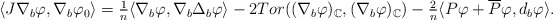
\begin{align*}\begin{array}{c}\langle J\nabla _{b}\varphi ,\nabla _{b}\varphi _{0}\rangle =\frac{1}{n}\langle \nabla _{b}\varphi ,\nabla _{b}\Delta _{b}\varphi \rangle-2Tor((\nabla _{b}\varphi )_{\mathbb{C}},(\nabla _{b}\varphi )_{\mathbb{C}})-\frac{2}{n}\langle P\varphi +\overline{P}\varphi ,d_{b}\varphi \rangle .\end{array}\end{align*}